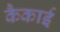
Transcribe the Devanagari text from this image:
कैकाई